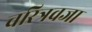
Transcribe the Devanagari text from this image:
चरित्रवजा